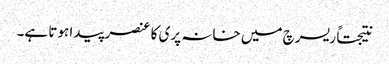
نتیجتاً ریسرچ میں خانہ پری کا عنصر پیدا ہوتا ہے۔